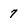
Character: 7